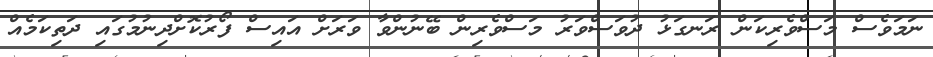
ނަމަވެސް މަސްވެރިކަން ރަނގަޅު ދުވަސްވަރު މަސްވެރިން ބޭނުންވާ ވަރަށް އައިސް ފޯރުކޮށްދިނުމުގައި ދަތިކަމެއް